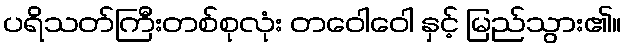
ပရိသတ်ကြီးတစ်စုလုံး တဝေါဝေါ နှင့် မြည်သွား၏။